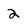
Character: 2